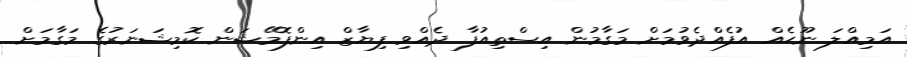
އަމިއްލަ ނޫޙެއް އުފެއްދެވުމަށް މަގާމުން އިސްތިއުފާ ދެއްވި ފިޔާޒް އިންފޮމޭޝަން ކޮމިޝަނަރުގެ މަގާމަށް